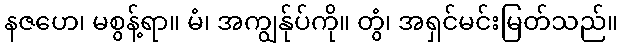
နဇဟေ၊ မစွန့်ရာ။ မံ၊ အကျွန်ုပ်ကို။ တွံ၊ အရှင်မင်းမြတ်သည်။